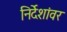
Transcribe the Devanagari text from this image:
निर्देशांवर